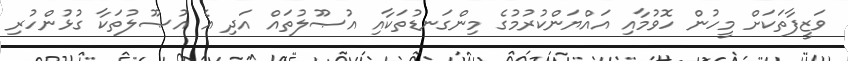
ވަޒީފާތަކަށް މީހުން ހޮވުމާއި އައްޔަންކުރުމުގެ މިންގަނޑުތަކާއި އުޞޫލުތައް އަދި އެ އުޞޫލުތަކާ ގުޅުންހުރި